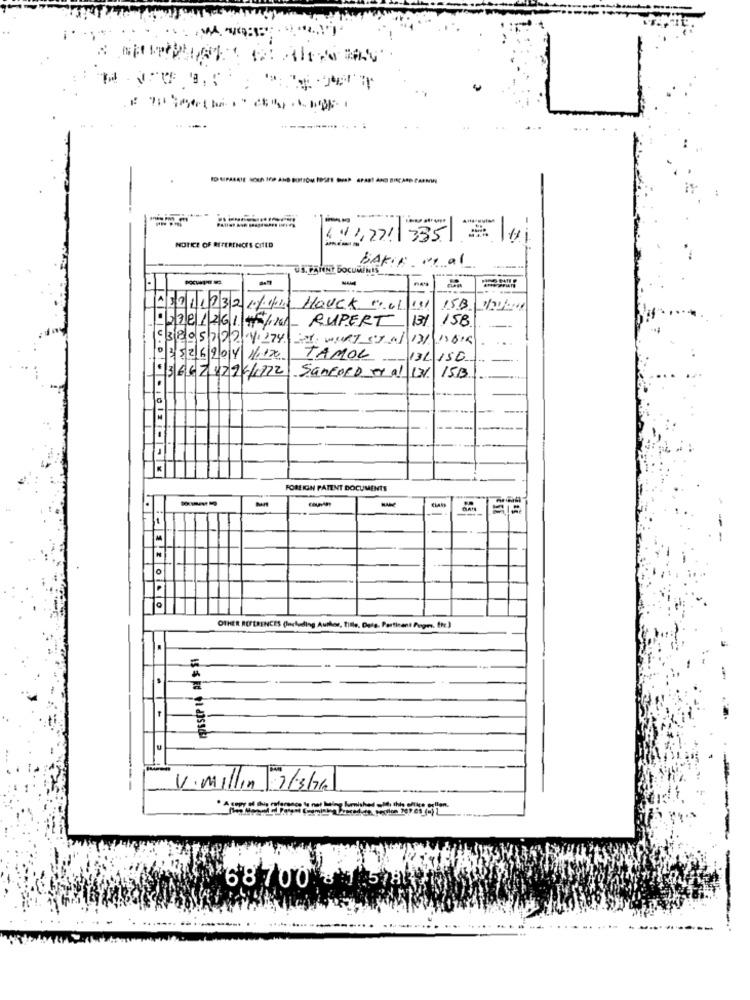
. MA. NO:
1
====
141,77! 335
NOTICE OF REFERENCE'S CITED
BAKIR .
US. PANNY DOCUMENTS_
-
452117321/2
Hauck 1101
111
15B
RUPERT
13%
158
12781261#5/16
53805722 1/1174 ; wURT ex n/ 131\"1616
...
03526904 1
TAMOL
13L 150
-.
9366732261122
Sanford ex al 13V 15B
FOREIGN PATENT DOCUMENTS
---
-
OTHER REFERENCES (Including Author, Tille, Date, Pertinent Pogon, Etc.)
FOSSEP LA RE $ SI
V. Millin 7/3/1)
68700 130